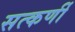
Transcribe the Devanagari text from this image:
सत्कर्णी